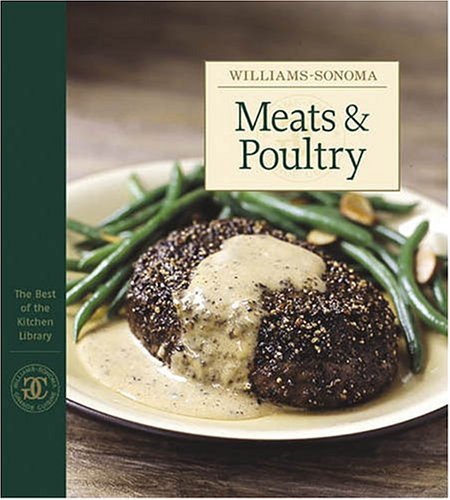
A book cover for Williams-Sonoma The Best of the Kitchen Library: Meats & Poultry; Chuck Williams; Cookbooks, Food & Wine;